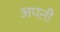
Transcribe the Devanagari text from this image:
अपऩी